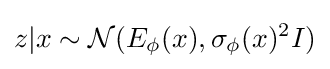
z|x\sim {\mathcal {N}}(E_{\phi }(x),\sigma _{\phi }(x)^{2}I)